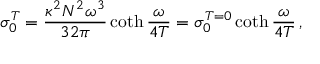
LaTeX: \sigma _ { 0 } ^ { T } = \frac { \kappa ^ { 2 } N ^ { 2 } \omega ^ { 3 } } { 3 2 \pi } \coth { \frac { \omega } { 4 T } } = \sigma _ { 0 } ^ { T = 0 } \coth { \frac { \omega } { 4 T } } \, ,